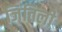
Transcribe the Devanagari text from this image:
जिंतिली